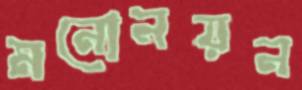
মনোনয়ন